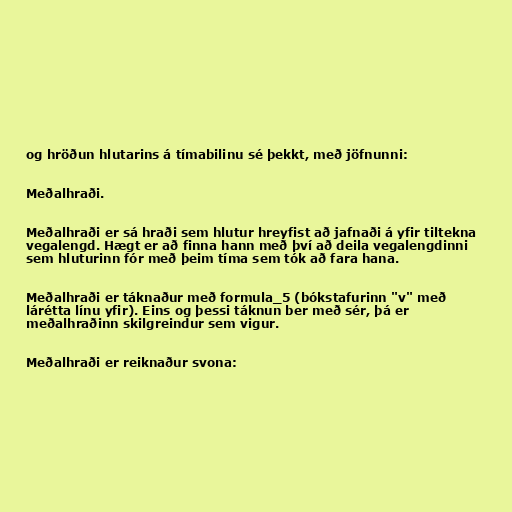
og hröðun hlutarins á tímabilinu sé þekkt, með jöfnunni:

Meðalhraði.

Meðalhraði er sá hraði sem hlutur hreyfist að jafnaði á yfir tiltekna
vegalengd. Hægt er að finna hann með því að deila vegalengdinni
sem hluturinn fór með þeim tíma sem tók að fara hana.

Meðalhraði er táknaður með formula_5 (bókstafurinn "v" með
lárétta línu yfir). Eins og þessi táknun ber með sér, þá er
meðalhraðinn skilgreindur sem vigur.

Meðalhraði er reiknaður svona: